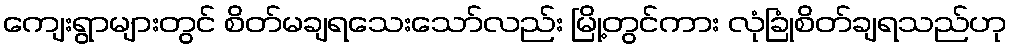
ကျေးရွာများတွင် စိတ်မချရသေးသော်လည်း မြို့တွင်ကား လုံခြုံစိတ်ချရသည်ဟု